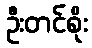
ဦးတင်စိုး